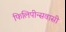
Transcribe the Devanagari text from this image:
फिलिपीन्सवासी